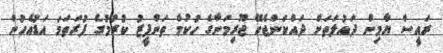
ރައީސް ޔާމިން ދައުލަތަށް ދައްކަންޖެހޭ ޖޫރިމަނާގެ ހުކުމް ތަންފީޒު ކުރުމުގެ ފުރަތަމަ އަޑުއެހުން